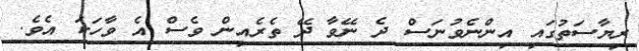
ރިޔާސަތުގައި އިންނެވުނަސް ދެ ނޭވާ ދޭ ތެރެއިން ވެސް އެ ވާހަކަ އެވެ.